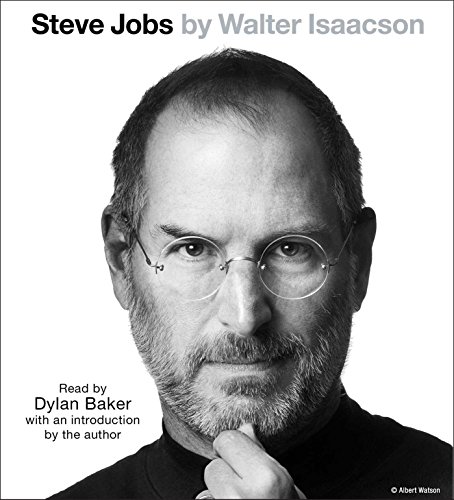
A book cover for Steve Jobs; Walter Isaacson; Computers & Technology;